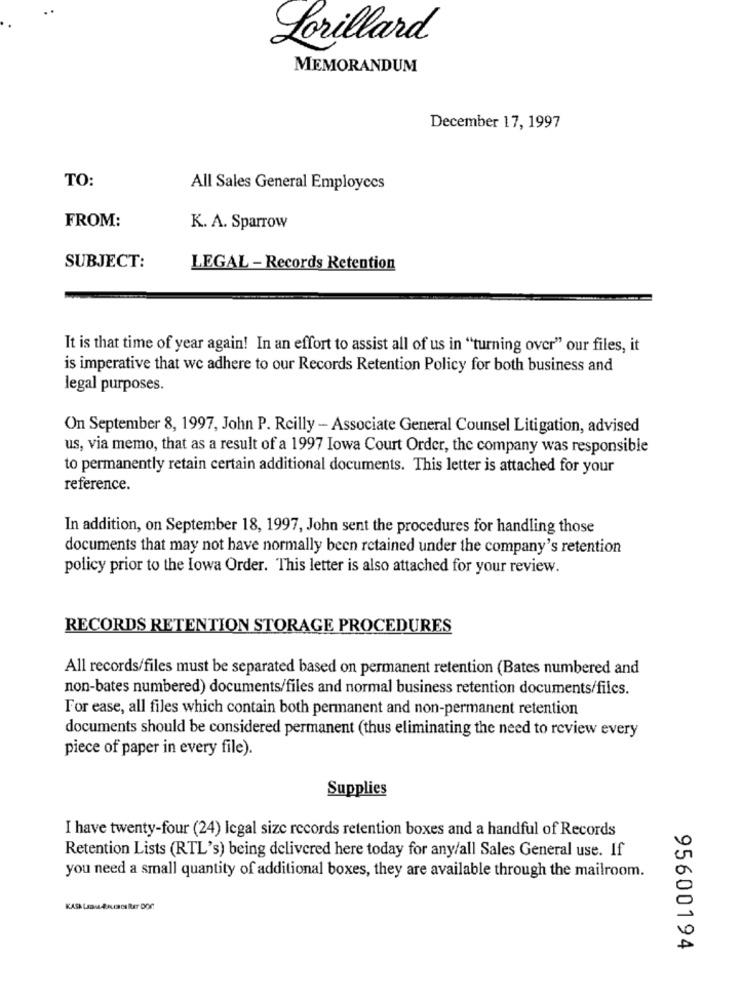
Lorillard
MEMORANDUM
December 17, 1997
TO:
All Sales General Employees
FROM:
K. A. Sparrow
SUBJECT:
LEGAL - Records Retention
It is that time of year again! In an effort to assist all of us in "turning over" our files, it
is imperative that we adhere to our Records Retention Policy for both business and
legal purposes.
On September 8, 1997, John P. Reilly - Associate General Counsel Litigation, advised
us, via memo, that as a result of a 1997 Iowa Court Order, the company was responsible
to permanently retain certain additional documents. This letter is attached for your
reference.
In addition, on September 18, 1997, John sent the procedures for handling those
documents that may not have normally been retained under the company's retention
policy prior to the Iowa Order. This letter is also attached for your review.
RECORDS RETENTION STORAGE PROCEDURES
All records/files must be separated based on permanent retention (Bates numbered and
non-bates numbered) documents/files and normal business retention documents/files.
For ease, all files which contain both permanent and non-permanent retention
documents should be considered permanent (thus eliminating the need to review every
piece of paper in every file).
Supplies
I have twenty-four (24) legal size records retention boxes and a handful of Records
Retention Lists (RTL's) being delivered here today for any/all Sales General use. If
you need a small quantity of additional boxes, they are available through the mailroom.
KASA LAM BRUS es RET DOC
95600194